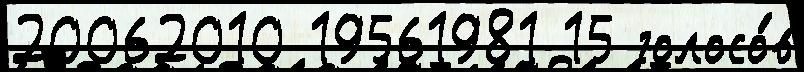
20062010 19561981 15 голосо́в